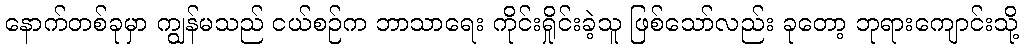
နောက်တစ်ခုမှာ ကျွန်မသည် ငယ်စဉ်က ဘာသာရေး ကိုင်းရှိုင်းခဲ့သူ ဖြစ်သော်လည်း ခုတော့ ဘုရားကျောင်းသို့